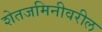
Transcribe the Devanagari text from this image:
शेतजमिनीवरील